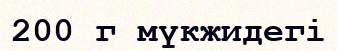
200 г мүкжидегі